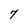
Character: 7